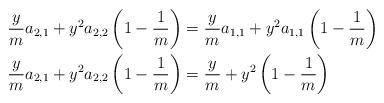
LaTeX: \begin{align*}&\frac{y}{m}a_{2,1}+y^2a_{2,2}\left(1-\frac{1}{m}\right)=\frac{y}{m}a_{1,1}+y^2a_{1,1}\left(1-\frac{1}{m}\right)\\&\frac{y}{m}a_{2,1}+y^2a_{2,2}\left(1-\frac{1}{m}\right)=\frac{y}{m}+y^2\left(1-\frac{1}{m}\right)\\&\end{align*}